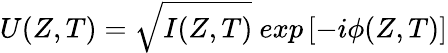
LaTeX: U(Z,T)=\sqrt{I(Z,T)}\ exp\left[-i\phi(Z,T)\right]